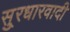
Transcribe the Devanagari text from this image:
सु्रधारवादी